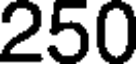
250